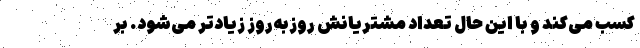
کسب می‌کند و با این حال تعداد مشتریانش روزبه‌روز زیادتر می‌شود. بر